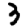
Digit: 3